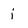
Character: i